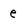
Character: e